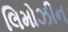
લિમોઝીન